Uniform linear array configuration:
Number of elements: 16
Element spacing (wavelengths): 0.25
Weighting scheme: hann
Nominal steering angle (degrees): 15
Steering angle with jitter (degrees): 13.385
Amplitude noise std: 0.05
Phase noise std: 0.05

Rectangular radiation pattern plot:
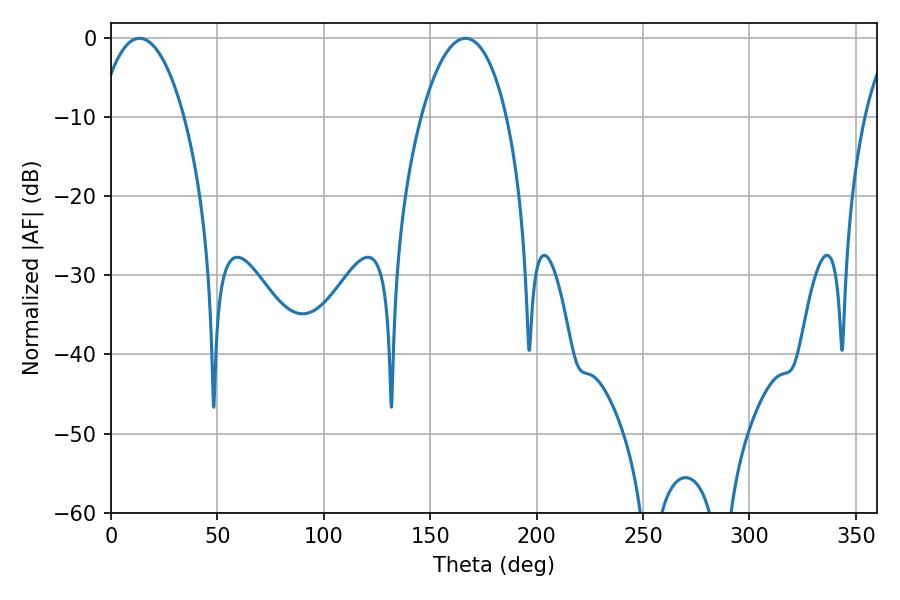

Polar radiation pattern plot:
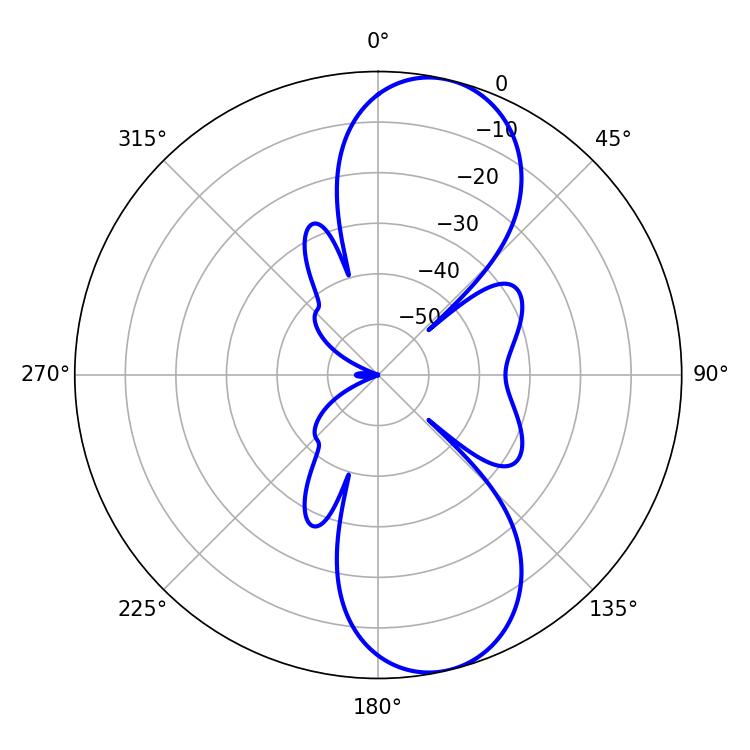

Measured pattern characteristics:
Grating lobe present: FALSE
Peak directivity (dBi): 10.039
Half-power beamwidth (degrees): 22.5
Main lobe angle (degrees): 13.5